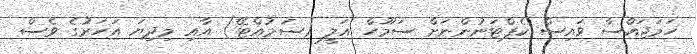
ހަމަޖައްސާ ވައިސް ކެޕްޓަނުންނަށް ސަމޫހް އަލީ (ސަމުއްޓޭ) އާއި މިދިޔަ އަހަރުގެ ވެސް